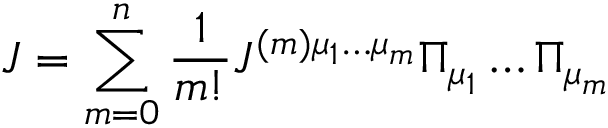
{ \cal J } = \sum _ { m = 0 } ^ { n } \frac { 1 } { m ! } { \cal J } ^ { ( m ) \mu _ { 1 } \dots \mu _ { m } } \Pi _ { \mu _ { 1 } } \dots \Pi _ { \mu _ { m } }